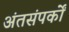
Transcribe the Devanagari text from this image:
अंतसंपर्कों